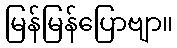
မြန်မြန်ပြောဗျာ။